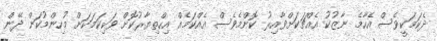
ދެކަމަކީވެސް އެހާމެ ނާޒުކު އެއްޗަކަށްވާއިރު ކޮންމެވެސް އެއްކަމެއް އިހްތިޔާރުކޮށް ވަކިކަމަކަށް މުހިންމުކަން ދޭން